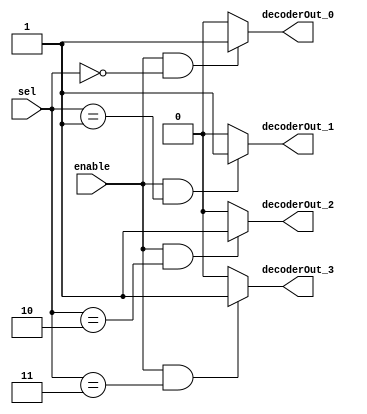
// This program was cloned from: https://github.com/RonnyA/nd-120
// License: MIT License

/******************************************************************************
 ** Logisim-evolution goes FPGA automatic generated Verilog code             **
 ** https://github.com/logisim-evolution/                                    **
 **                                                                          **
 ** Component : Decoder_4                                                    **
 **                                                                          **
 *****************************************************************************/

module Decoder_4( decoderOut_0,
                  decoderOut_1,
                  decoderOut_2,
                  decoderOut_3,
                  enable,
                  sel );

   /*******************************************************************************
   ** The inputs are defined here                                                **
   *******************************************************************************/
   input       enable;
   input [1:0] sel;

   /*******************************************************************************
   ** The outputs are defined here                                               **
   *******************************************************************************/
   output decoderOut_0;
   output decoderOut_1;
   output decoderOut_2;
   output decoderOut_3;

   /*******************************************************************************
   ** The module functionality is described here                                 **
   *******************************************************************************/
   assign decoderOut_0  = (enable&(sel == 2'b00)) ? 1'b1 : 1'b0;
   assign decoderOut_1  = (enable&(sel == 2'b01)) ? 1'b1 : 1'b0;
   assign decoderOut_2  = (enable&(sel == 2'b10)) ? 1'b1 : 1'b0;
   assign decoderOut_3  = (enable&(sel == 2'b11)) ? 1'b1 : 1'b0;
endmodule